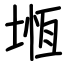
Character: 堩